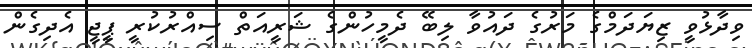
ވިދާޅުވީ ޒިޔަދަމްގެ މަރުގެ ދައުވާ ލިބޭ ދެމީހުންގެ ޝަރީއަތް ސިއްރުކުރީ ޕީޖީ އެދިގެން